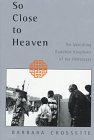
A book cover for So Close To Heaven: The Vanishing Buddhist Kingdoms of the Himalayas; Barbara Crossette; Travel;